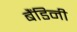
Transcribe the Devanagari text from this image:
बैंडिनी